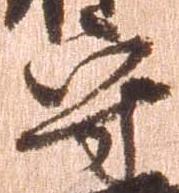
守